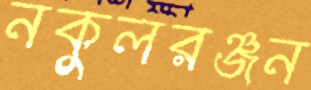
নকুলরঞ্জন